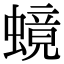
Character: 𬠧